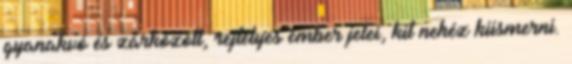
gyanakvó és zárkózott, rejtélyes ember jelei, kit nehéz kiismerni.